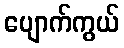
ပျောက်ကွယ်